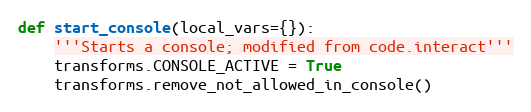
Language: Python
def start_console(local_vars={}):
    '''Starts a console; modified from code.interact'''
    transforms.CONSOLE_ACTIVE = True
    transforms.remove_not_allowed_in_console()